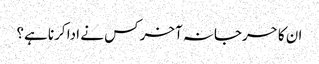
ان کا حرجانہ آخر کس نے ادا کرنا ہے؟